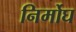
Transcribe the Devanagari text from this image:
निर्मोघ